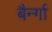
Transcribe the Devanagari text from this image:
बैर्न्गा